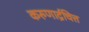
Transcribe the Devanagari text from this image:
करुणार्द्रचित्त